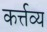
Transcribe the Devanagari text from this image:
कर्त्तव्‍य